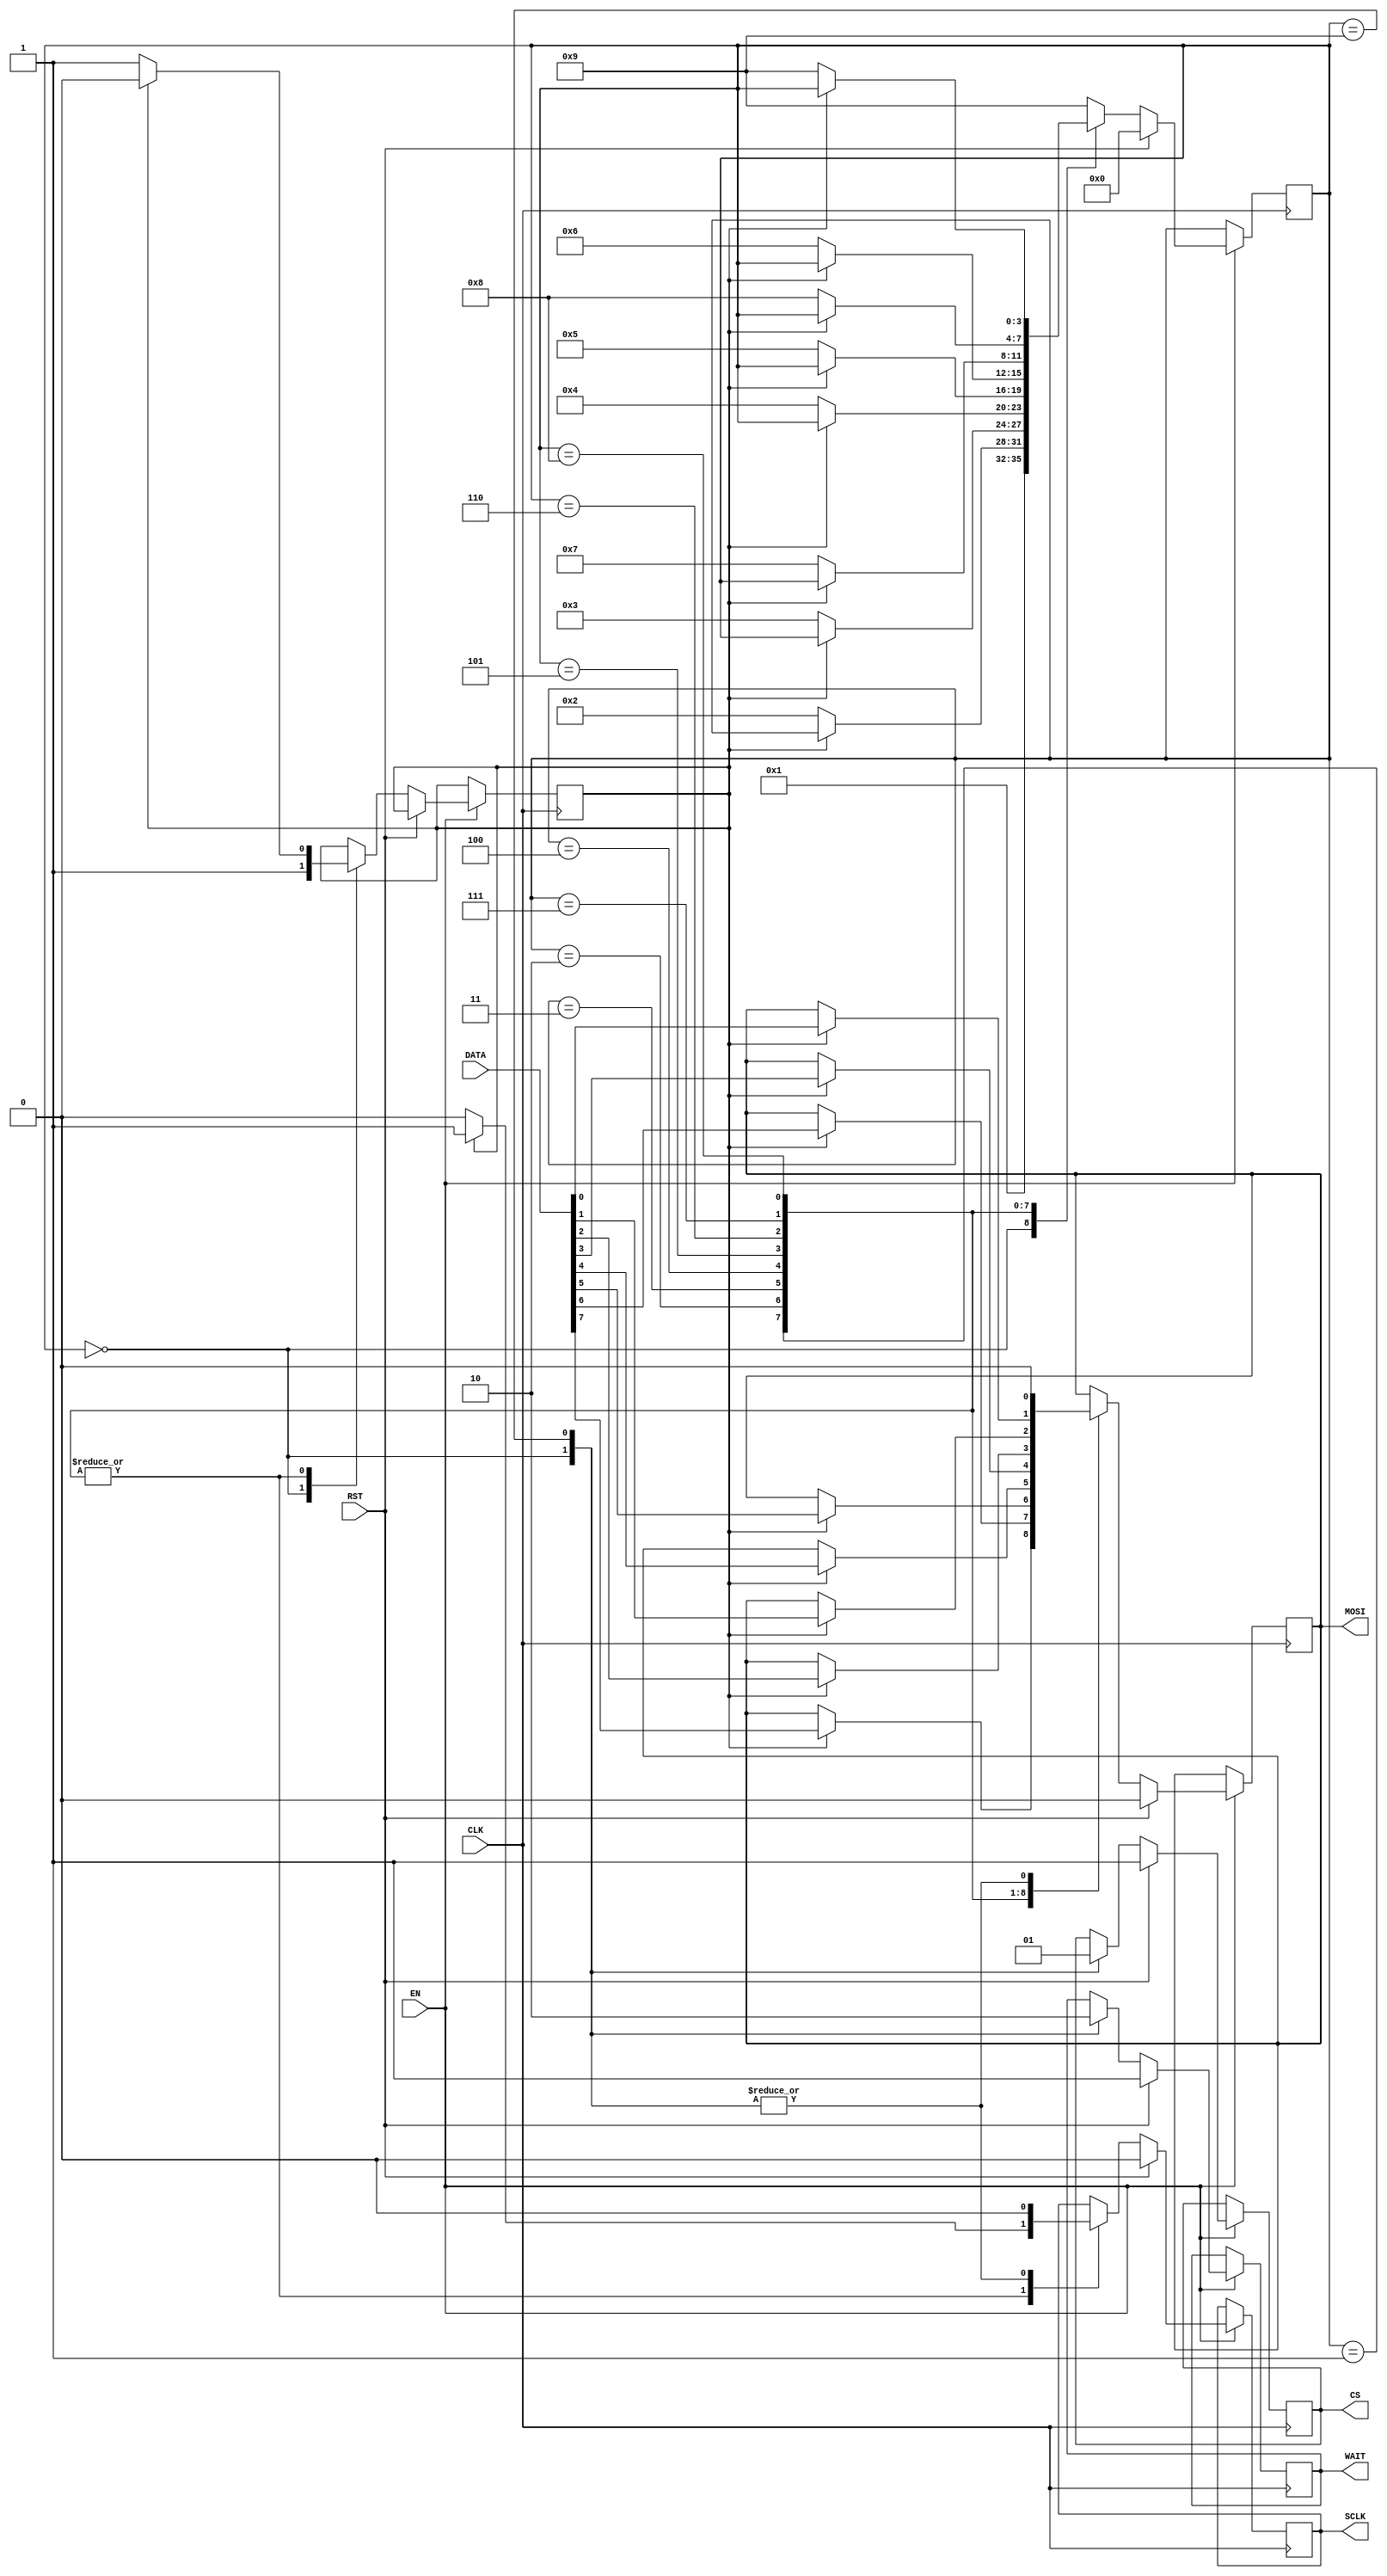
`timescale 1ns / 1ps
//////////////////////////////////////////////////////////////////////////////////
// Company: 
// Engineer: 
// 
// Design Name: 
// Module Name:    SPI_Out 
// Project Name: 
// Target Devices: 
// Tool versions: 
// Description: 
//
// Dependencies: 
//
// Revision: 
// Revision 0.01 - File Created
// Additional Comments: 
//
//////////////////////////////////////////////////////////////////////////////////
module SPI_Out(
	CLK,
	EN,
	DATA,
	RST,
	SCLK,
	MOSI,
	CS,
	WAIT
);
	//entradas
	input [7:0] DATA;
	input CLK, EN, RST;
	//saidas
	output SCLK, MOSI, CS, WAIT;
	
	reg [3:0] STATE; //O tamanho do registrador deve garantir a quantidade de estados
   reg SCLK, MOSI, CS, WAIT, TRIG;
	//reg [0:7] DATA; //Informa que DATA  um banco de registradores de 8bits
	
	parameter START=0, S0=1, S1=2, S2=3, S3=4, S4=5, S5=6, S6=7, S7=8, STOP=9;
	
	
	always @(posedge CLK)
	begin: FSM
	  if (EN == 1'b1)
	  begin
		 if ( RST == 1'b1)
		 begin
			  STATE <= START;
			  SCLK <= 1'b0;
			  MOSI <= 1'b0;
			  WAIT <= 1'b1;
			  CS <= 1'b1;
		 end else begin
			case (STATE)
				START:
					begin
					   WAIT <= 1'b1;
						STATE <= S0;
						TRIG <= 1'b1;
						SCLK <= 1'b0;
						MOSI <=1'B0;
						CS <= 1'b0;
					end	
			
				S0:
					begin
						if ( TRIG == 1'b1)
						begin
							SCLK <= 1'b1;
							MOSI <=DATA[7];
							TRIG <= 1'b0;
						end else begin													
							STATE <= S1;
							SCLK <= 1'b0;
							TRIG <= 1'b1;							
						end
					end							
				
				S1:
					begin
						if ( TRIG == 1'b1)
						begin
							SCLK <= 1'b1;
							MOSI <=DATA[6];
							TRIG <= 1'b0;
						end else begin													
							STATE <= S2;
							SCLK <= 1'b0;
							TRIG <= 1'b1;	
						end
					end		
					
				S2:
					begin
						if ( TRIG == 1'b1)
						begin
							SCLK <= 1'b1;
							MOSI <=DATA[5];
							TRIG <= 1'b0;
						end else begin													
							STATE <= S3;
							SCLK <= 1'b0;
							TRIG <= 1'b1;
						end
					end		
								
				
				S3:
					begin
						if ( TRIG == 1'b1)
						begin
							SCLK <= 1'b1;
							MOSI <=DATA[4];
							TRIG <= 1'b0;
						end else begin													
							STATE <= S4;
							SCLK <= 1'b0;
							TRIG <= 1'b1;	
						end
					end		

				S4:
					begin
						if ( TRIG == 1'b1)
						begin
							SCLK <= 1'b1;
							MOSI <=DATA[3];
							TRIG <= 1'b0;
						end else begin													
							STATE <= S5;
							SCLK <= 1'b0;
							TRIG <= 1'b1;
						end
					end		
					
				S5:
					begin
						if ( TRIG == 1'b1)
						begin
							SCLK <= 1'b1;
							MOSI <=DATA[2];
							TRIG <= 1'b0;
						end else begin													
							STATE <= S6;
							SCLK <= 1'b0;
							TRIG <= 1'b1;
						end
					end		

				S6:
					begin
						if ( TRIG == 1'b1)
						begin
							SCLK <= 1'b1;
							MOSI <=DATA[1];
							TRIG <= 1'b0;
						end else begin													
							STATE <= S7;
							SCLK <= 1'b0;
							TRIG <= 1'b1;
						end
					end		

				S7:
					begin
						if ( TRIG == 1'b1)
						begin
							SCLK <= 1'b1;
							MOSI <=DATA[0];
							TRIG <= 1'b0;
						end else begin													
							STATE <= STOP;
							SCLK <= 1'b0;	
							TRIG <= 1'b1;
						end
					end	
				
				STOP:
					begin
					   WAIT <= 1'b0;
						STATE <= STOP;
						SCLK <= 1'b0;
						MOSI <=1'b0;
						CS <= 1'b1;
					end	

				default: //O DEFAULT DEVE SER PARADO - SEQUENCIA DE INICIALIZACAO - RST=1 + EN=1 --- RST=0 + RN0.
					begin
					  STATE <= STOP;
					end				
			endcase
		end  //if RST
 	  end //if EN
	end
endmodule